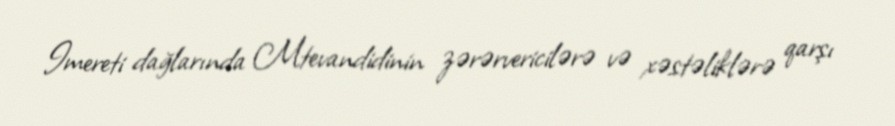
Imereti dağlarında Mtevandidinin zərərvericilərə və xəstəliklərə qarşı